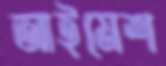
আইমেশ